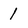
Character: 1